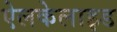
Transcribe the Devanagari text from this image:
ऐलकेलाइड